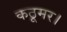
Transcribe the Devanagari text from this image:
कठूमर।